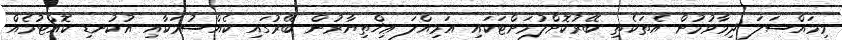
މިމައްސަލަ ދިމާވުމުން އެތަކެތި ބޭރުކޮށްލުމަށްޓަކައި އަމިއްލަ ޢިޚްތިޔާރުން ބޭރުގައި ކެއްސުމަކާއި އުކުނޑި ކޮއްޓުމެއް